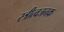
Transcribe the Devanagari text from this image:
स्त्रीत्वजनक